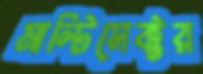
মাল্টিসেক্টর